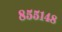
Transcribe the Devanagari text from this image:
८५५१४८